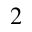
^ { 2 }